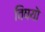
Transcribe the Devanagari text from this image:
विषयॊ